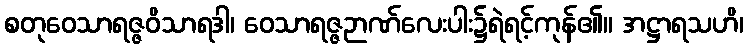
စတုဝေသာရဇ္ဇဝိသာရဒါ၊ ဝေသာရဇ္ဇဉာဏ်လေးပါး၌ရဲရင့်ကုန်၏။ အဋ္ဌာရသဟိ၊